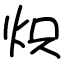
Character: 炽